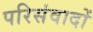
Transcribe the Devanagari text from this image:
परिसंवादों